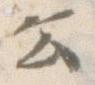
公